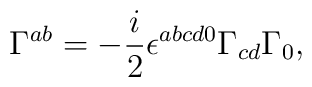
\Gamma^{ab} = -\frac i2\epsilon^{abcd0}\Gamma_{cd}\Gamma_0,